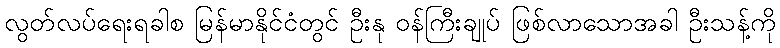
လွတ်လပ်ရေးရခါစ မြန်မာနိုင်ငံတွင် ဦးနု ဝန်ကြီးချုပ် ဖြစ်လာသောအခါ ဦးသန့်ကို